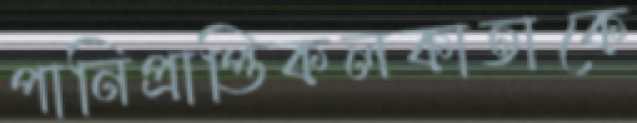
পানিপ্রাপ্তিকলকাতাকে